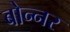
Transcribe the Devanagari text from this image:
बोन्नर